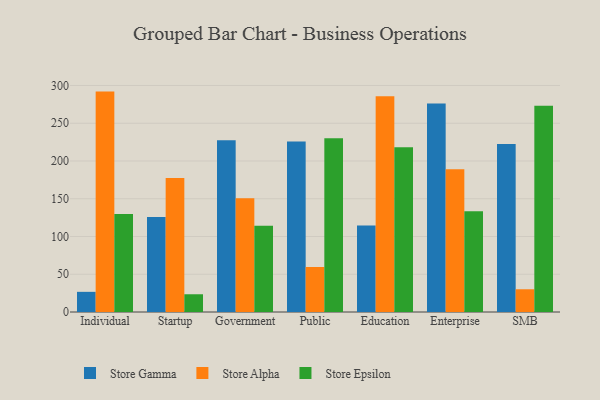
{"axis": {"x": "Segment", "y": "Budget (USD K)"}, "legend": ["Store Alpha", "Store Epsilon", "Store Gamma"], "data": [{"x": "Individual", "y": 26.7, "type": "Store Gamma"}, {"x": "Individual", "y": 291.9, "type": "Store Alpha"}, {"x": "Individual", "y": 129.8, "type": "Store Epsilon"}, {"x": "Startup", "y": 125.9, "type": "Store Gamma"}, {"x": "Startup", "y": 177.4, "type": "Store Alpha"}, {"x": "Startup", "y": 23.5, "type": "Store Epsilon"}, {"x": "Government", "y": 227.4, "type": "Store Gamma"}, {"x": "Government", "y": 150.5, "type": "Store Alpha"}, {"x": "Government", "y": 114.1, "type": "Store Epsilon"}, {"x": "Public", "y": 225.7, "type": "Store Gamma"}, {"x": "Public", "y": 59.6, "type": "Store Alpha"}, {"x": "Public", "y": 230.2, "type": "Store Epsilon"}, {"x": "Education", "y": 114.6, "type": "Store Gamma"}, {"x": "Education", "y": 285.9, "type": "Store Alpha"}, {"x": "Education", "y": 218.1, "type": "Store Epsilon"}, {"x": "Enterprise", "y": 276.0, "type": "Store Gamma"}, {"x": "Enterprise", "y": 189.1, "type": "Store Alpha"}, {"x": "Enterprise", "y": 133.4, "type": "Store Epsilon"}, {"x": "SMB", "y": 222.4, "type": "Store Gamma"}, {"x": "SMB", "y": 30.1, "type": "Store Alpha"}, {"x": "SMB", "y": 273.1, "type": "Store Epsilon"}]}